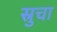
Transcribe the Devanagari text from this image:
स्रुचा